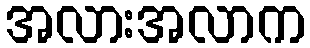
အလားအလာက